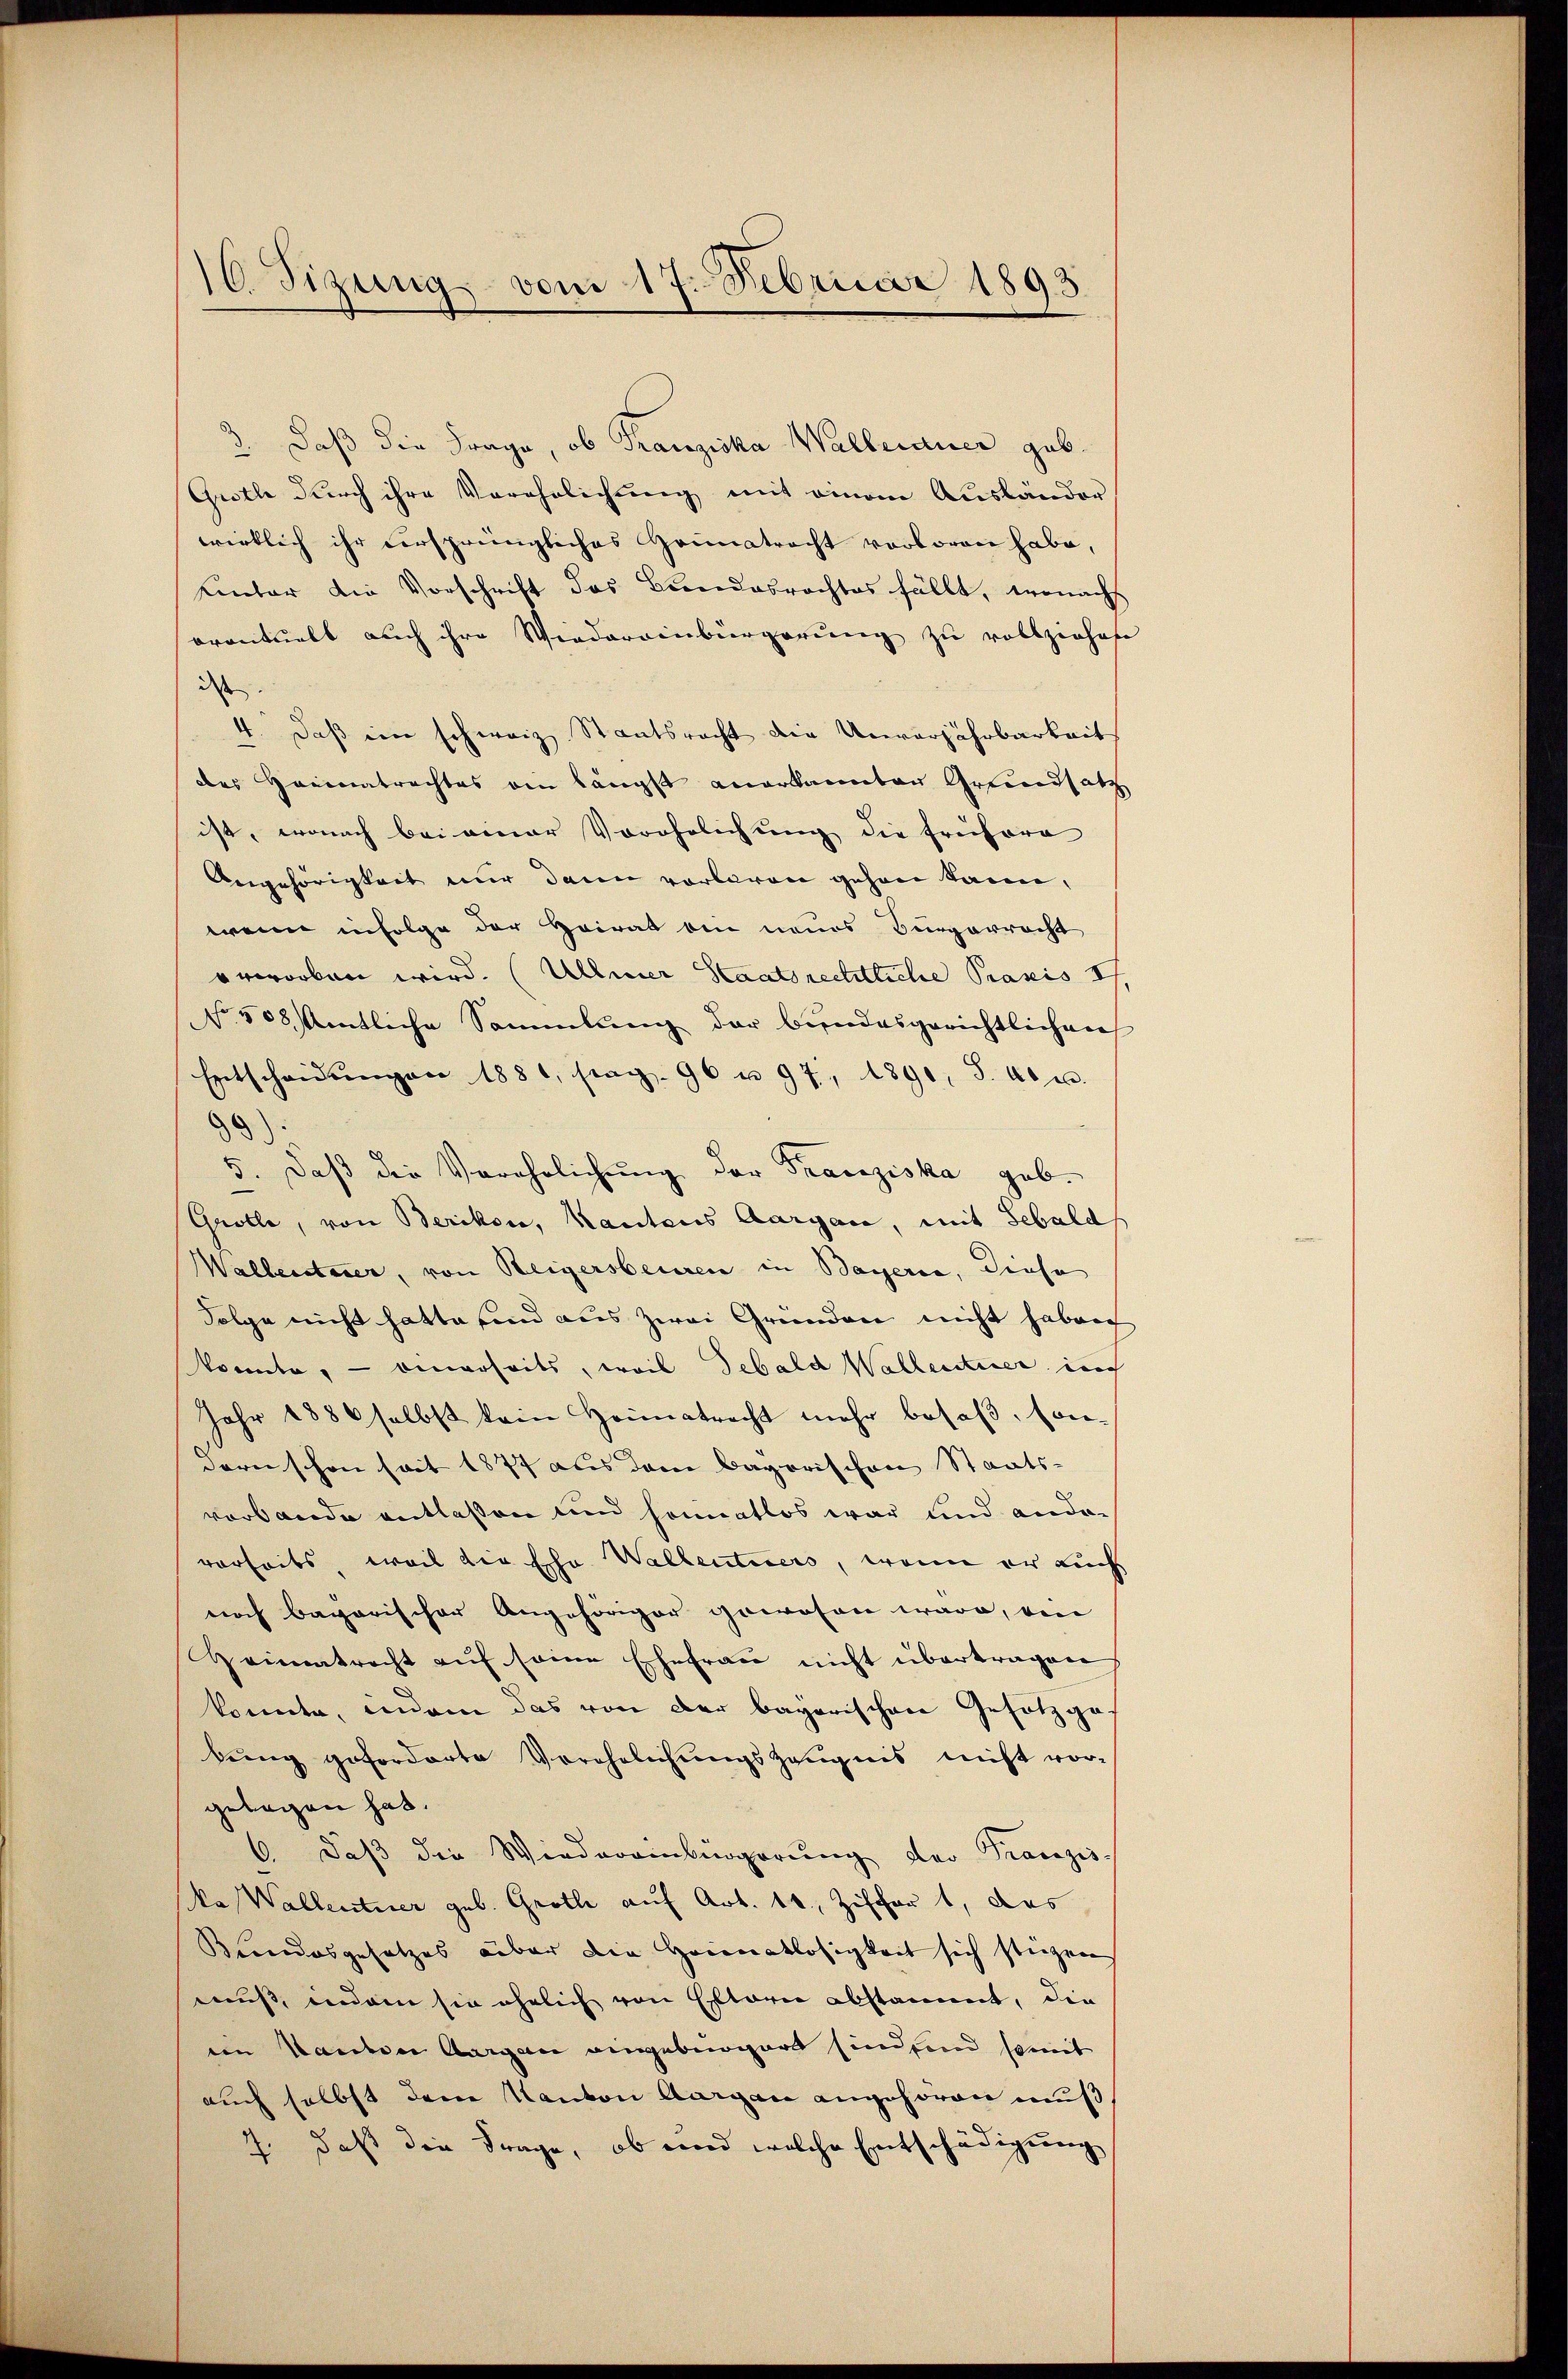
10. Sizung vom 17. Februar 1893

3. Daß die Frage, ob Franziska Walleiner geb.
Guethe durch ihre Verehrlichung mit einem Ausländer
wirklich ihr versprüngliches Grimatracht verloren habe,
uinter die Vorschrift das Bundesrechtes fällt, wonachs
orantualt auch ihre Wiederrenbürgerung zu vollziehest
dass
4. Daß ein schweiz Staatsrecht die Unverjährbarkeit
des Heimatrachtes ein längst anerkannten Grundsatz
ist, wonach bei ainer Vorohnlichŭng die frühere
Angehörigkeit nur dann vorlaren gehen kann,
wenn infolge der Heirat ein neues Bürgerrecht
rworben wird. (Ullmer Staatsrechtliche Praxis I
N. 508 entliche Sammlung der bundesgerichtlichen
Entscheidŭngen 1881, pag. 96 u. 97, 1891, S. 40 u.
)
5. daβ die Verehrlichung der Franziska geb.
Grolle, von Berikon, Kantons Aargau, mit Sebald
Walleraturer, von Weigersberiren in Bayerie, diese
Folge nicht hatte sind aus zwei Gründen nicht haben
konnte, – einerseits, weil Sebald Wallentier ich
Jahr 1886 selbst kein Heimatrecht mehr besaß, sondern schon seit 1877 aus dem Bayerischen Staats-
verbande entlaßen und sommatlos war und ander
verseits, weil die Ehr Waltentiers, wenn er auch
noch bagarischer Angehöriger gewesen wäre, ein
Heimatrecht auf seine Ehefrau nicht übertragen
konnte, indem das von der bayerischen Gehölzgabung geforderte Verehelichungszeugnis nicht vorgelegen hat.
6. daß die Wiederainbürgerung der Tranzis
kas Wallentner geb. Grothe auf Art. 10. Zischert, das
Bundesgesetzes aber die Heimatlosigkeit sich stiegen
muß, indem sie ähnlich von Elterie abstammt, die
eim Handen Aargau eingebürgert sind und somit
auch selbst dem Kanton Aargau angehören muß
7. daß die Frage, ob und welche Entschädigung